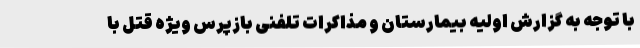
با توجه به گزارش اولیه بیمارستان و مذاکرات تلفنی بازپرس ویژه قتل با